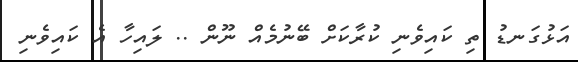
އަޅުގަނޑު ތި ކައިވެނި ކުރާކަށް ބޭނުމެއް ނޫން .. ލައިހާ އެ ކައިވެނި